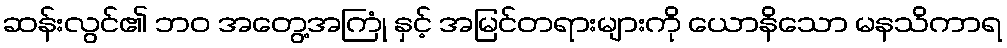
ဆန်းလွင်၏ ဘဝ အတွေ့အကြုံ နှင့် အမြင်တရားများကို ယောနိသော မနသိကာရ